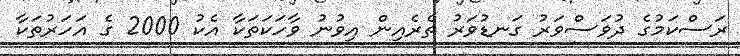
ރަސްކަމުގެ ދުވަސްވަރު ގަނޑުވަރު ތެރެއިން އިވުނު ވާހަކަތަކާ އެކު 2000 ގެ އަހަރުތަކާ